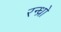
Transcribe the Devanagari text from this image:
रन्ध्रो